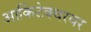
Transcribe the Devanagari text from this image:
आर्किटेक्चरवर